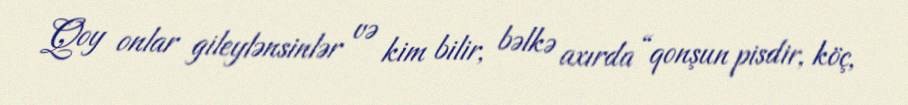
Qoy onlar gileylənsinlər və kim bilir, bəlkə axırda “qonşun pisdir, köç,